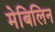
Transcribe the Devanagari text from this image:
मेबिलिन